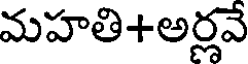
మహతి+అర్లవే